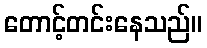
တောင့်တင်းနေသည်။